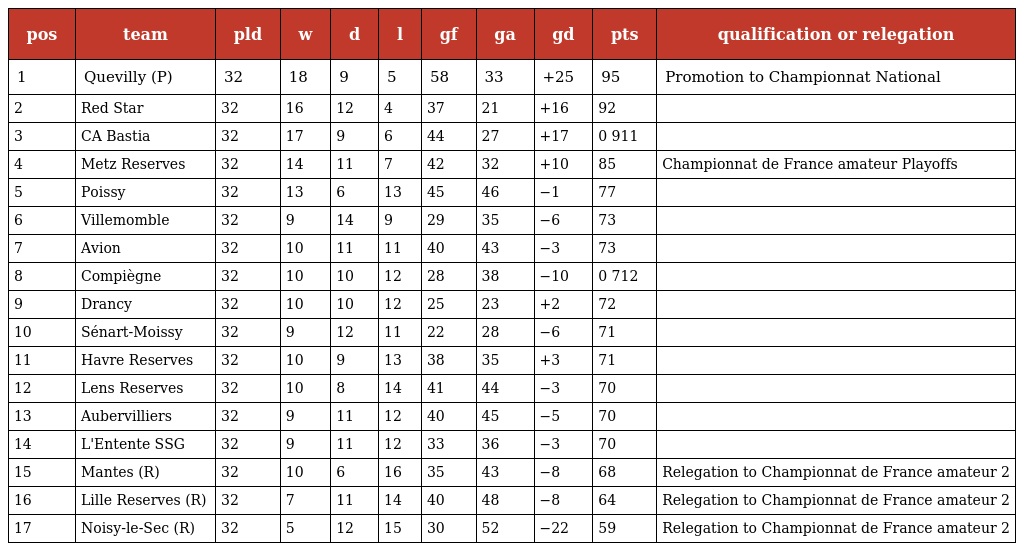
| pos | team | pld | w | d | l | gf | ga | gd | pts | qualification or relegation |
 | --- | --- | --- | --- | --- | --- | --- | --- | --- | --- | --- |
 | 1 | Quevilly (P) | 32 | 18 | 9 | 5 | 58 | 33 | +25 | 95 | Promotion to Championnat National |
 | 2 | Red Star | 32 | 16 | 12 | 4 | 37 | 21 | +16 | 92 |  |
 | 3 | CA Bastia | 32 | 17 | 9 | 6 | 44 | 27 | +17 | 0 911 |  |
 | 4 | Metz Reserves | 32 | 14 | 11 | 7 | 42 | 32 | +10 | 85 | Championnat de France amateur Playoffs |
 | 5 | Poissy | 32 | 13 | 6 | 13 | 45 | 46 | −1 | 77 |  |
 | 6 | Villemomble | 32 | 9 | 14 | 9 | 29 | 35 | −6 | 73 |  |
 | 7 | Avion | 32 | 10 | 11 | 11 | 40 | 43 | −3 | 73 |  |
 | 8 | Compiègne | 32 | 10 | 10 | 12 | 28 | 38 | −10 | 0 712 |  |
 | 9 | Drancy | 32 | 10 | 10 | 12 | 25 | 23 | +2 | 72 |  |
 | 10 | Sénart-Moissy | 32 | 9 | 12 | 11 | 22 | 28 | −6 | 71 |  |
 | 11 | Havre Reserves | 32 | 10 | 9 | 13 | 38 | 35 | +3 | 71 |  |
 | 12 | Lens Reserves | 32 | 10 | 8 | 14 | 41 | 44 | −3 | 70 |  |
 | 13 | Aubervilliers | 32 | 9 | 11 | 12 | 40 | 45 | −5 | 70 |  |
 | 14 | L'Entente SSG | 32 | 9 | 11 | 12 | 33 | 36 | −3 | 70 |  |
 | 15 | Mantes (R) | 32 | 10 | 6 | 16 | 35 | 43 | −8 | 68 | Relegation to Championnat de France amateur 2 |
 | 16 | Lille Reserves (R) | 32 | 7 | 11 | 14 | 40 | 48 | −8 | 64 | Relegation to Championnat de France amateur 2 |
 | 17 | Noisy-le-Sec (R) | 32 | 5 | 12 | 15 | 30 | 52 | −22 | 59 | Relegation to Championnat de France amateur 2 |